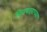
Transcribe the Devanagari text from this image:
बिनपदराच्या